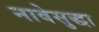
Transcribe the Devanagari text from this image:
नावेसुद्धा